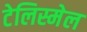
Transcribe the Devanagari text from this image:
टेलिस्मेल